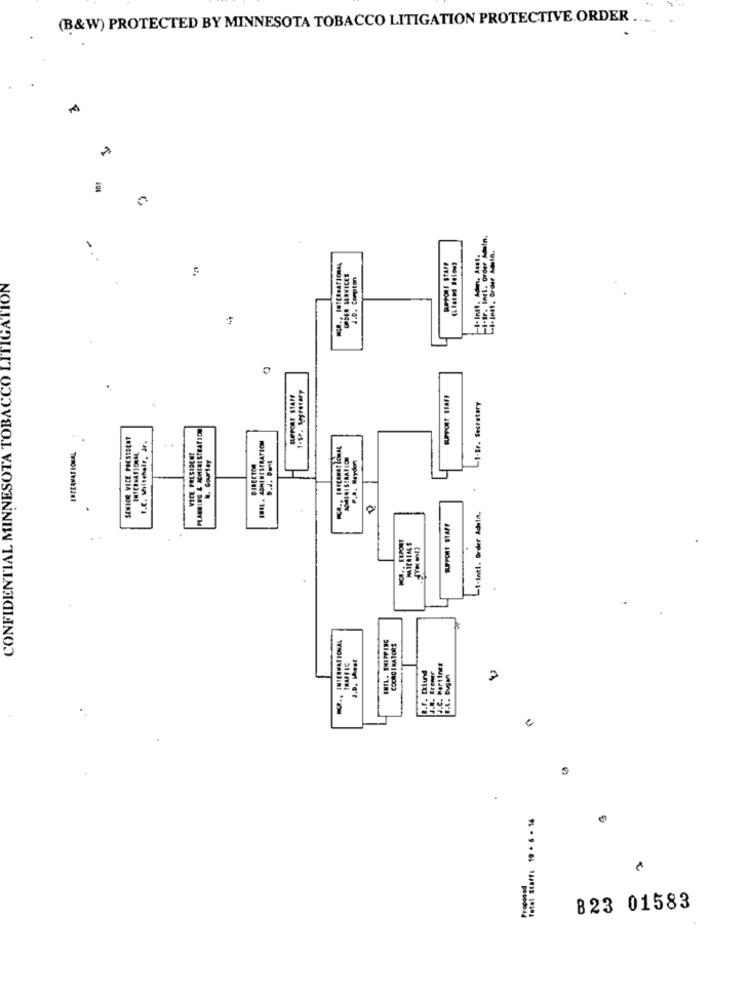
(B&W) PROTECTED BY MINNESOTA TOBACCO LITIGATION PROTECTIVE ORDER ..
101
-1-Sr. Incl. Order Main.
-t-Intt. Admn. Asst.
Li-Inst. Order Adeln.
SUPPORT STAFF
ORDER SERVICES
1.0. Compton
ON
1-SP. Secretary
SUPPORT STAFF
-1-Sr. Secretary
ANBLEG & ACHINISTRATION
SENIOR VICE PRESIDENT
f.C. Whitehalr, dr.
INTERNATIONAL
VICE PRESIDENT
D.J. Port
ADMINISTRATION
W. Gourley
DIRECTOR
P.S. Berdon
CONFIDENTIAL MINNES
-1-Intl. Order Adsin.
SUPPORT STAFF
IR ., INTERNATIONAL
INIL. SHIPPING
COORDINATORS
J.D. Wirat
t.F. Cklund
J.C. Fortines
2
Total Staff: 10 . 6 - 16
823 01583